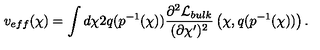
v _ { e f f } ( \chi ) = \int d \chi 2 q ( p ^ { - 1 } ( \chi ) ) \frac { \partial ^ { 2 } { \cal L } _ { b u l k } } { ( \partial \chi ^ { \prime } ) ^ { 2 } } \left( \chi , q ( p ^ { - 1 } ( \chi ) ) \right) .